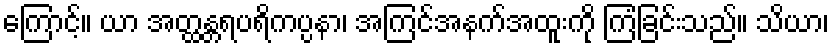
ကြောင့်။ ယာ အတ္ထန္တရပရိကပ္ပနာ၊ အကြင်အနက်အထူးကို ကြံခြင်းသည်။ သိယာ၊